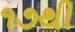
૧૭થી